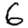
Digit: 6